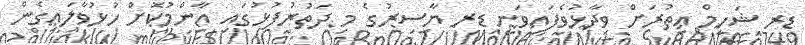
ޑރ ޝަހީމް އިތުރަށް ވިދާޅުވެފައިވަނީ ޑރ ޔާސިރުގެ މި ދަތުރުފުޅުުގައި އާންމުކޮށް ހުޅުވާލައިގެން